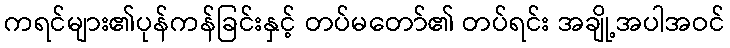
ကရင်များ၏ပုန်ကန်ခြင်းနှင့် တပ်မတော်၏ တပ်ရင်း အချို့အပါအဝင်